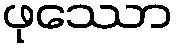
ဖုဿော